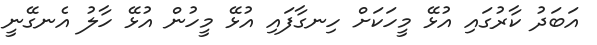
އަބަދު ކާރުގައި އުޅޭ މީހަކަށް ހިނގާފައި އުޅޭ މީހުން އުޅޭ ހާލު އެނގޭނީ